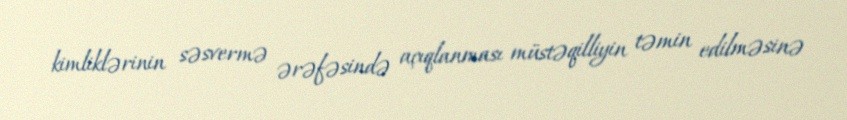
kimliklərinin səsvermə ərəfəsində açıqlanması müstəqilliyin təmin edilməsinə